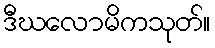
ဒီဃလောမိကသုတ်။